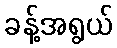
ခန့်အရွယ်